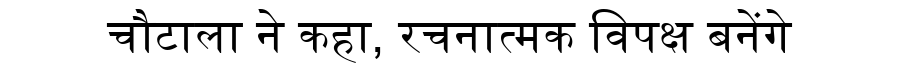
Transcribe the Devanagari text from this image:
चौटाला ने कहा, रचनात्मक विपक्ष बनेंगे